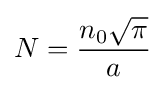
N={\frac {n_{0}{\sqrt {\pi }}}{a}}